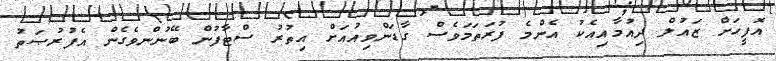
އޮފީހަށް ޒައުލް ދިއުމާއިއެކު އެންމެ ފުރަތަމަވެސް ގާޑަންވިއުއަށް އިތުރު ސްޓާފުން ބޭނުންވެގެން އެފުރުޞަތު